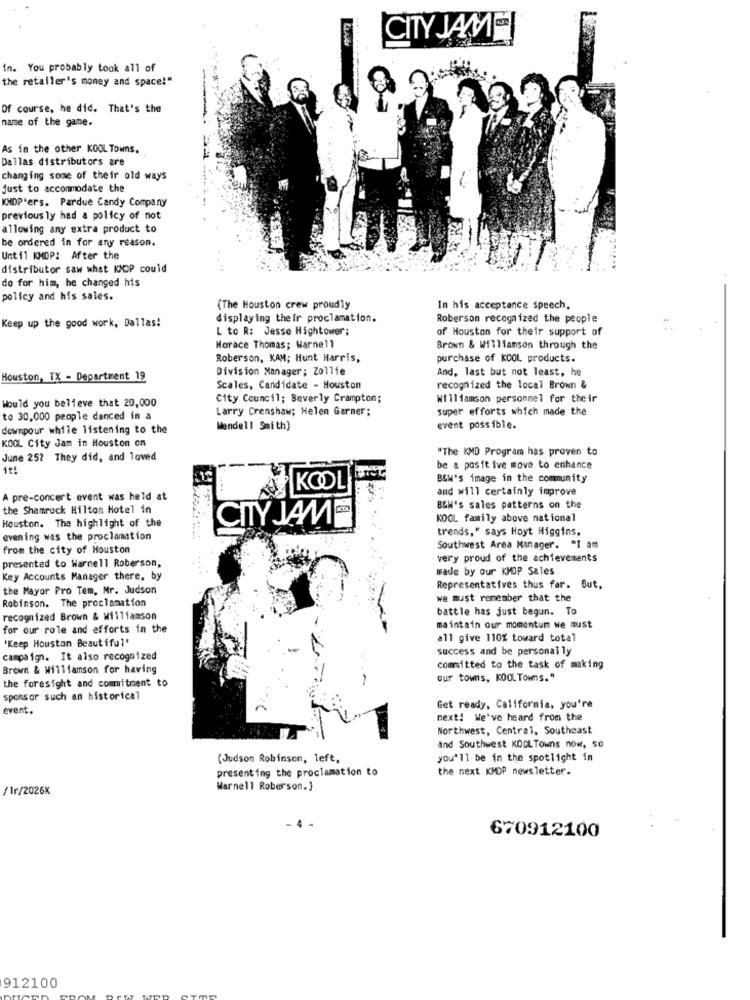
.. 4
CITY JAME
in. You probably took all of
the retailer's money and space!"
Of course, he did. That's the
name of the game.
As in the other KOOL Towns,
Dallas distributors are
changing some of their old ways
just to accommodate the
KHDP'ers. Pardue Candy Company
previous ly had a policy of not
allowing any extra product to
be ordered in for any reason.
Until KNOP: After the
distributor saw what KMOP could
do for him, he changed his
policy and his sales.
(The Houston crew proudly
In his acceptance speech,
Keep up the good work, Dallas!
displaying their proclamation.
Roberson recognized the people
L to R: Jesse Hightower;
of Houston for their support of
Horace Thomas; Warnell
Brown & Williamson through the
Roberson, KAM; Hunt Harris,
purchase of KOOL products.
Division Manager; Zollie
And, last but not least, he
Houston, TX - Department 19
Scales, Candidate - Houston
recognized the local Brown &
Would you believe that 20,000
City Council; Beverly Crampton;
Williamson personnel for their
Larry Crenshaw; Helen Garner;
super efforts which made the
to 30,000 people danced in a
downpour while listening to the
Mendell Smith)
event possible.
KOOL City Jam in Houston on
"The KMD Program has proven to
June 257 They did, and loved
it !
be a positive move to enhance
B&W's image in the community
....
KOOL
and will certainly improve
A pre-concert event was held at
the Shamrock Hilton Hotel in
B&W's sales patterns on the
CITY JAME
KOOL family above national
Houston. The highlight of the
trends," says Hoyt Higgins.
evening was the proclamation
from the city of Houston
Southwest Area Manager. "I am
very proud of the achievements
presented to Warnell Roberson,
made by our KMOP Sales
Key Accounts Manager there, by
the Mayor Pro Tem, Nr. Judson
Representatives thus far. But,
Robinson. The proclamation
we must remember that the
battle has just begun. To
recognized Brown & Williamson
for our role and efforts in the
maintain our momentum we must
"Keep Houston Beautiful'
all give 110% toward total
success and be personal ly
campaign. It also recognized
Brown & Williamson for having
committed to the task of making
our towns, KOOL Towns."
the foresight and commitment to
sponsor such an historical
event.
Get ready, California, you're
next! We've heard from the
Northwest, Central, Southeast
and Southwest KOOLTowns now, so
(Judson Robinson, left,
you'll be in the spotlight in
presenting the proclamation to
the next KMDP newsletter.
/1r/2026K
Warnell Roberson.}
670912100
912100